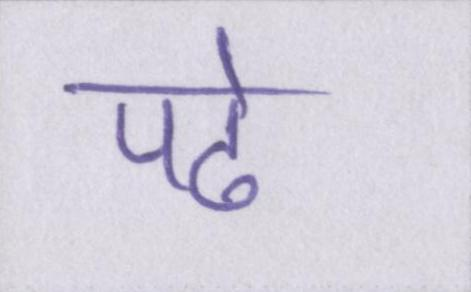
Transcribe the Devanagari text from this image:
पढे